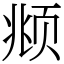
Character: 𫖯